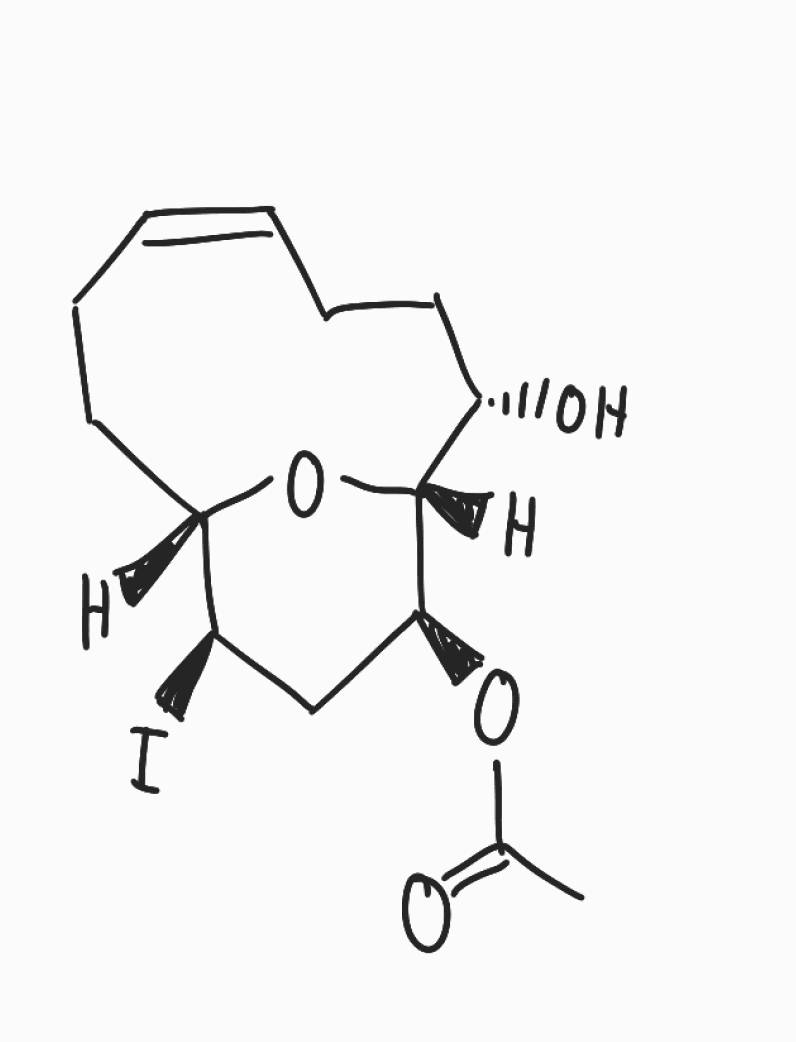
Simplified molecular-input line-entry system (SMILES) notation of the given molecule:
CC(=O)O[C@H]1C[C@H]([C@@H]2CC/C=C\CC[C@@H]([C@H]1O2)O)I